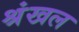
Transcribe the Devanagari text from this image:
श्रंखल